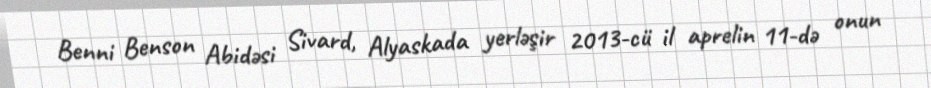
Benni Benson Abidəsi Sivard, Alyaskada yerləşir 2013-cü il aprelin 11-də onun